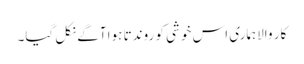
کار والاہماری اس خوشی کو روندتا ہوا آگے نکل گیا۔